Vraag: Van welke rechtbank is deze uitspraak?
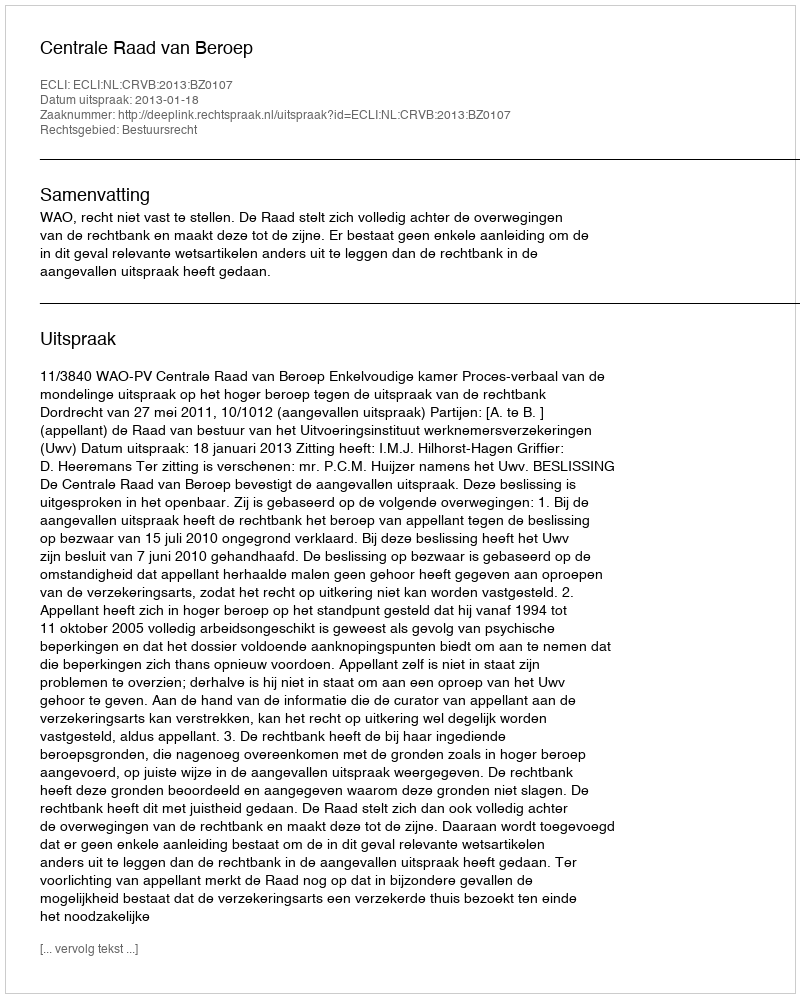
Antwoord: Centrale Raad van Beroep